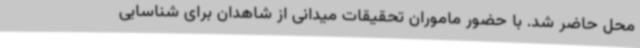
محل حاضر شد. با حضور ماموران تحقیقات میدانی از شاهدان برای شناسایی